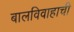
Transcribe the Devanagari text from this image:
बालविवाहाची